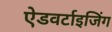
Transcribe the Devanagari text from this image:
ऐडवर्टाइजिंग